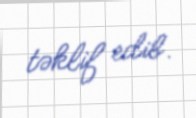
təklif edib.